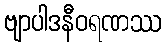
ဗျာပါဒနီဝရဏဿ